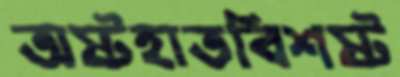
অষ্টহাতবিশষ্ট